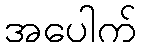
အပေါက်